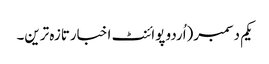
یکم دسمبر(اُردو پوائنٹ اخبارتازہ ترین۔